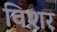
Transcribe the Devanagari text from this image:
विशर